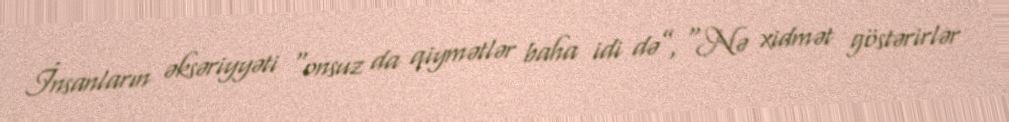
İnsanların əksəriyyəti “onsuz da qiymətlər baha idi də”, “Nə xidmət göstərirlər